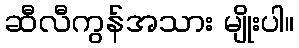
ဆီလီကွန်အသား မျိုးပါ။